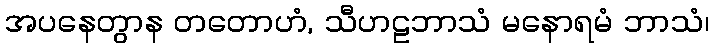
အပနေတွာန တတောဟံ, သီဟဠဘာသံ မနောရမံ ဘာသံ၊